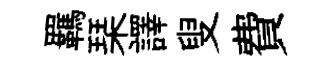
羈琹譯叟費